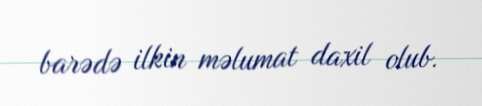
barədə ilkin məlumat daxil olub.